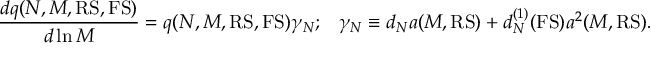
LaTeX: \frac { d q ( N , M , { \mathrm { R S , F S } } ) } { d \ln M } = q ( N , M , { \mathrm { R S , F S } } ) \gamma _ { N } ; \; \; \; \gamma _ { N } \equiv d _ { N } a ( M , { \mathrm { R S } } ) + d _ { N } ^ { ( 1 ) } ( \mathrm { F S } ) a ^ { 2 } ( M , { \mathrm { R S } } ) .